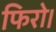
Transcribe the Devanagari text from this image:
फिरो।